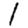
Digit: 1